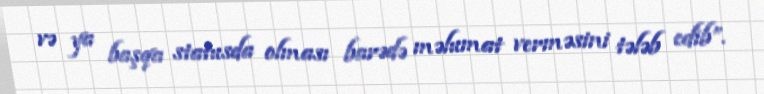
və ya başqa statusda olması barədə məlumat verməsini tələb edib”.